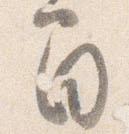
間